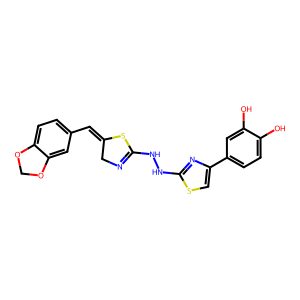
SMILES: Oc1ccc(-c2csc(NNC3=NCC(=Cc4ccc5c(c4)OCO5)S3)n2)cc1O
Inhibits HIV replication: No